Report on vaccination in Madras 1922-1929 - 1922-1929
Year: 1922
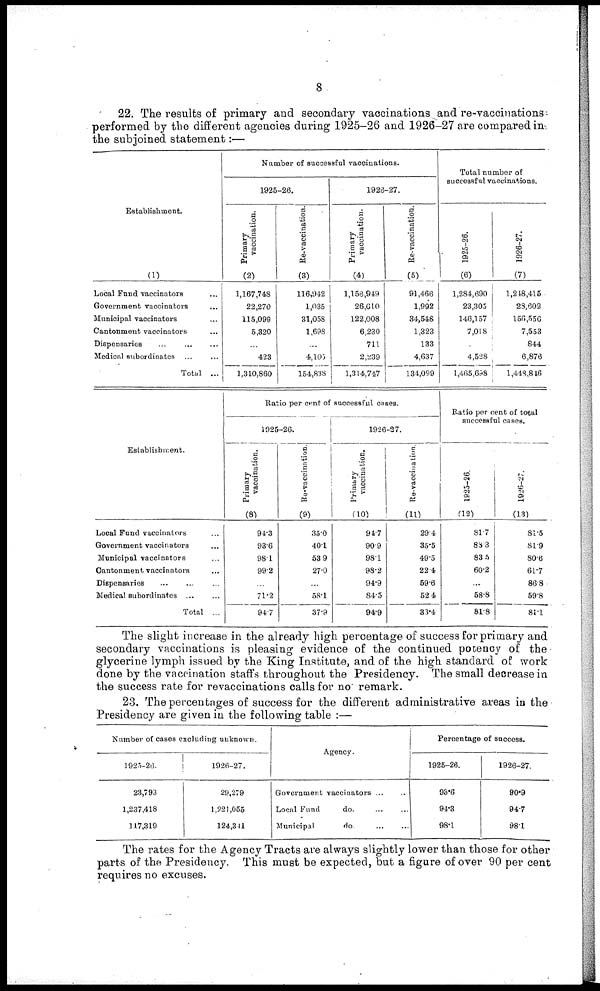
8
22. The results of primary and secondary vaccinations and re-vaccinations
performed by the different agencies during 1925-26 and 1926-27 are compared in
the subjoined statement:—
Establishment.
(1)
Local Fund vaccinators ...
Government vaccinators ...
Municipal vaccinators ...
Cantonment vaccinators ...
Dispensaries
...
...
...
Medical subordinates ... ...
Total ...
Number of successful vaccinations.
1925-26.
Primary
vaccination.
(2)
1,167,748
22,270
115,099
5,320
...
423
1,310,860
Re-vaccination.
(3)
116,942
1,035
31,058
1,698
...
4,103
154,838
1926-27.
Primary
vaccination.
(4)
1,156,949
26,610
122,008
6,230
711
2,239
1,314,747
Re-vaccination.
(5)
91,466
1,992
34,548
1,323
133
4,637
134,099
Total number of
successful vaccinations.
1925-26.
(6)
1,284,690
23,305
146,157
7,018
4,528
1,465,698
1926-27.
(7)
1,248,415
28,602
156,556
7,553
844
6,876
l,448,846
Establishment.
Local Fund vaccinators ...
Government vaccinators ...
Municipal vaccinators ...
Cantonment vaccinators ...
Dispensaries ... ... ...
Medical subordinates ... ...
Total ...
Ratio per cent of successful cases.
1925-26.
Primary
vaccination.
(8)
94.3
93.6
98.1
99.2
...
71.2
94.7
Re-vaccination.
(9)
35.0
40.1
53.9
27.0
...
58.1
37.9
1926-27.
Primary
vaccination.
(10)
94.7
90.9
98.1
98.2
94.9
84.5
94.9
Re-vaccination.
(11)
29.4
35.5
49.5
22.4
59.6
52.4
33.4
Ratio per cent of total
successful cases.
1925-26.
(12)
81.7
88.3
83.5
60.2
...
58.8
81.8
1926-27.
(13)
81.5
81.9
80.6
61.7
86.8
59.8
81.1
The slight increase in the already high percentage of success for primary and
secondary vaccinations is pleasing evidence of the continued potency of the
glycerine lymph issued by the King Institute, and of the high standard of work
done by the vaccination staffs throughout the Presidency. The small decrease in
the success rate for revaccinations calls for no remark.
23. The percentages of success for the different administrative areas in the
Presidency are given in the following table :—
Number of cases excluding unknown.
1925-26.
23,793
1,237,418
117,319
1926-27.
29,279
1,221,055
124,311
Agency.
Government vaccinators ... ...
Local Fund
do. ... ...
Municipal
do. ... ...
Percentage of success.
1925-26.
93.6
94.3
98.1
1926-27.
90.9
94.7
98.1
The rates for the Agency Tracts are always slightly lower than those for other
parts of the Presidency. This must be expected, but a figure of over 90 per cent
requires no excuses.